Indian journal of veterinary science and animal husbandry - Volumes 18-21, 1948-1951
Year: 1948
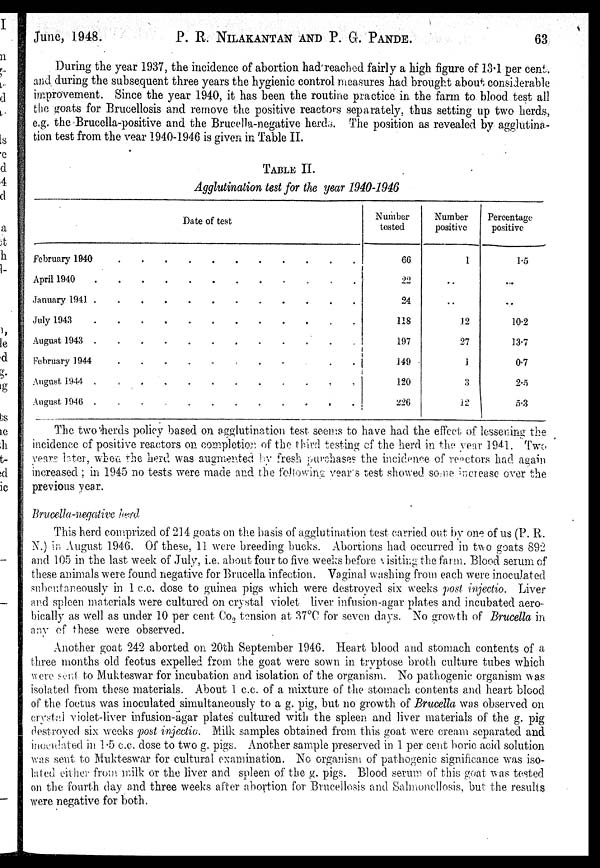
June, 1948.
P. R. NILAKANTAN AND P. G. PANDE.
63
During the year 1937, the incidence of abortion had reached fairly a high figure of 13.1 per cent.
and during the subsequent three years the hygienic control measures had brought about considerable
improvement. Since the year 1940, it has been the routine practice in the farm to blood test all
the goats for Brucellosis and remove the positive reactors separately, thus setting up two herds,
e.g. the Brucella-positive and the Brucella-negative herds. The position as revealed by agglutina-
tion test from the year 1940-1946 is given in Table II.
TABLE II.
Agglutination test for the year 1940-1946
Date of test
February 1940
April 1940
January 1941
............
July 1943
August 1943
February 1944
........
.
August 1944
August 1946
Number
tested
66
22
24
118
197
149
120
226
Number
positive
1
..
..
12
27
1
3
12
Percentage
positive
1.5
...
..
10.2
13.7
0.7
2.5
5.3
The two herds policy based on agglutination test seems is to have had the effect of lessening the
incidence of positive reactors on completion of the third testing of the herd in the year 1941. Two
years later, when the herd was augmented by fresh purchases the incidence of reactors had again
increased ; in 1945 no tests were made and the following years test showed some increase over the
previous year.
Brucella -negative herd
This herd comprized of 214 goats on the basis of agglutination test carried out by one of us (P. R.
N.) in August 1946. Of these, 11 were breeding bucks. Abortions had occurred in two goats 892
and 105 in the last week of July, i.e. about four to five weeks before visiting the farm. Blood serum of
these animals were found negative for Brucella infection. Vaginal washing from each were inoculated
subcutarneously in 1 c.c. dose to guinea pigs which were destroyed six weeks post injectio. Liver
and spleen materials were cultured on crystal violet liver infusion-agar plates and incubated aero-
bically as well as under 10 per cent Co 2 tension at 37°C for seven days. No growth of Brucella in
any of these were observed.
Another goat 242 aborted on 20th September 1946. Heart blood and stomach contents of a
three months old feotus expelled from the goat were sown in tryptose broth culture tubes which
were sent to Mukteswar for incubation and isolation of the organism. No pathogenic organism was
isolated from these materials. About 1 c.c. of a mixture of the stomach contents and heart blood
of the foetus was inoculated simultaneously to a g. pig, but no growth of Brucella was observed on
crystal violet-liver infusion-agar plates cultured with the spleen and liver materials of the g. pig
destroyed six weeks post injectic. Milk samples obtained from this goat were cream separated and
inoculated in 1.5 c.c. dose to two g. pigs. Another sample preserved in 1 per cent boric acid solution
was sent to Mukteswar for cultural examination. No organism of pathogenic significance was iso-
laled either from milk or the liver and spleen of the g. pigs. Blood serum of this goat was tested
on the fourth day and three weeks after abortion for Brucellosis and Salmonellosis, but the results
were negative for both.